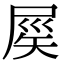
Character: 𡲑